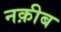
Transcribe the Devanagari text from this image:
नक़ीब